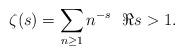
LaTeX: \begin{align*}\zeta(s) = \sum_{n\ge 1} n^{-s} \ \ \Re s>1.\end{align*}